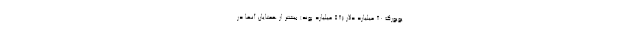
یویورک 80 میلیارد دلار (58 میلیارد پوند) بیشتر از همتایان آنها در